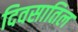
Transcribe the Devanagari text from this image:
दिवसातिल